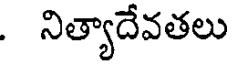
. నిత్యాదేవతలు